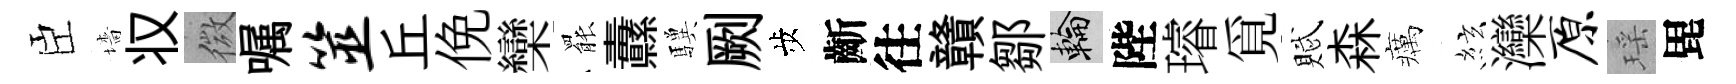
臣墻𠬧微嘱筮丘俛欒罷纛驥劂歩齗往贛鄒輪陛璿覓賦森癘絃灤原瑶毘